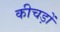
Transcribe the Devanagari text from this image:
कीचड़ों